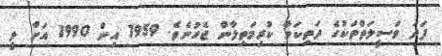
ފަދަ ވަސީލަތްތަކުގެ ދަތިކަމާ ކުރިމަތިލާން ޖެހުނެވެ. 1959 އިން 1990 އަށް ލީ